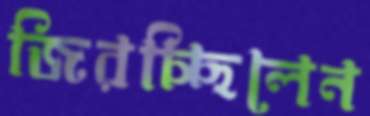
জিরচ্ছিলেন